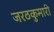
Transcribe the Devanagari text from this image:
जरठकुमारी